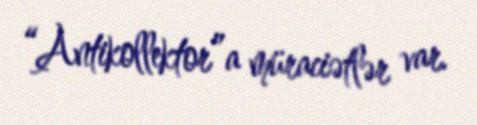
“Antikollektor”a müraciətlər var.